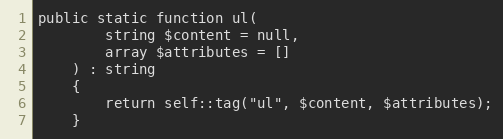
Language: PHP
public static function ul(
        string $content = null,
        array $attributes = []
    ) : string
    {
        return self::tag("ul", $content, $attributes);
    }